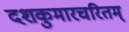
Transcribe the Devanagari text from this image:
दशकुमारचरितम्